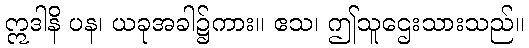
ဣဒါနိ ပန၊ ယခုအခါ၌ကား။ ဧသ၊ ဤသူဌေးသားသည်။